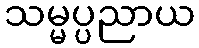
သမ္မပ္ပညာယ